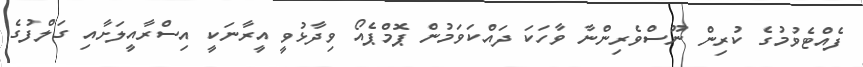
ފެއްޓެވުމުގެ ކުރިން ނޫސްވެރިންނާ ވާހަކަ ދައްކަވަމުން ޕޮމްޕެއޯ ވިދާޅުވީ އީރާނަކީ އިސްރާއީލަށާއި ގަލްފުގެ